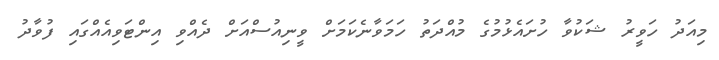
މިއަދު ހަވީރު ޝަކުވާ ހުށައެޅުމުގެ މުއްދަތު ހަމަވާނެކަމަށް ވީނިއުސްއަށް ދެއްވި އިންޓަވިއެއްގައި ފުވާދު